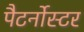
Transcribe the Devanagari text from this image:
पैटर्नोस्टर